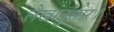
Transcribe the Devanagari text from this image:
लेखानुसार।